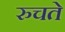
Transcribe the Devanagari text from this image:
रुचते